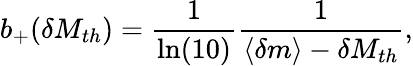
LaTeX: b_{+}(\delta M_{th})=\frac{1}{\ln(10)}\frac{1}{\langle\delta m\rangle-\delta M_{th}},